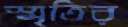
স্মৃতির